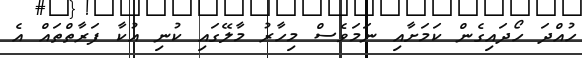
ހުއްދަ ހޯދައިގެން ކަމަށާއި ނަމަވެސް މިހާރު މާލޭގައި ކުނި އުކާ ފަރާތްތައް އެ